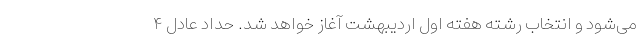
می‌شود و انتخاب رشته هفته اول اردیبهشت آغاز خواهد شد. حداد عادل ۴